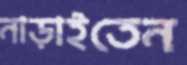
নাড়াইতেন